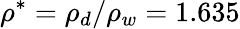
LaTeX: {{\rho}^{*}}={{\rho}_{d}}/{{\rho}_{w}}=1.635